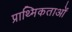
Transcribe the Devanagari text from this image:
प्राथ्मिकताओं